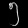
Digit: ၅